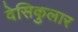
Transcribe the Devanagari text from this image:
वेसिकुलार